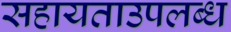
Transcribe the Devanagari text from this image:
सहायताउपलब्ध